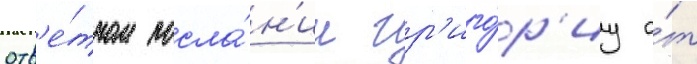
отв'е́тном посла́н'ии гр'иго́р'иу о́т